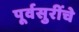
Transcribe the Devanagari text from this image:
पूर्वसुरींचे